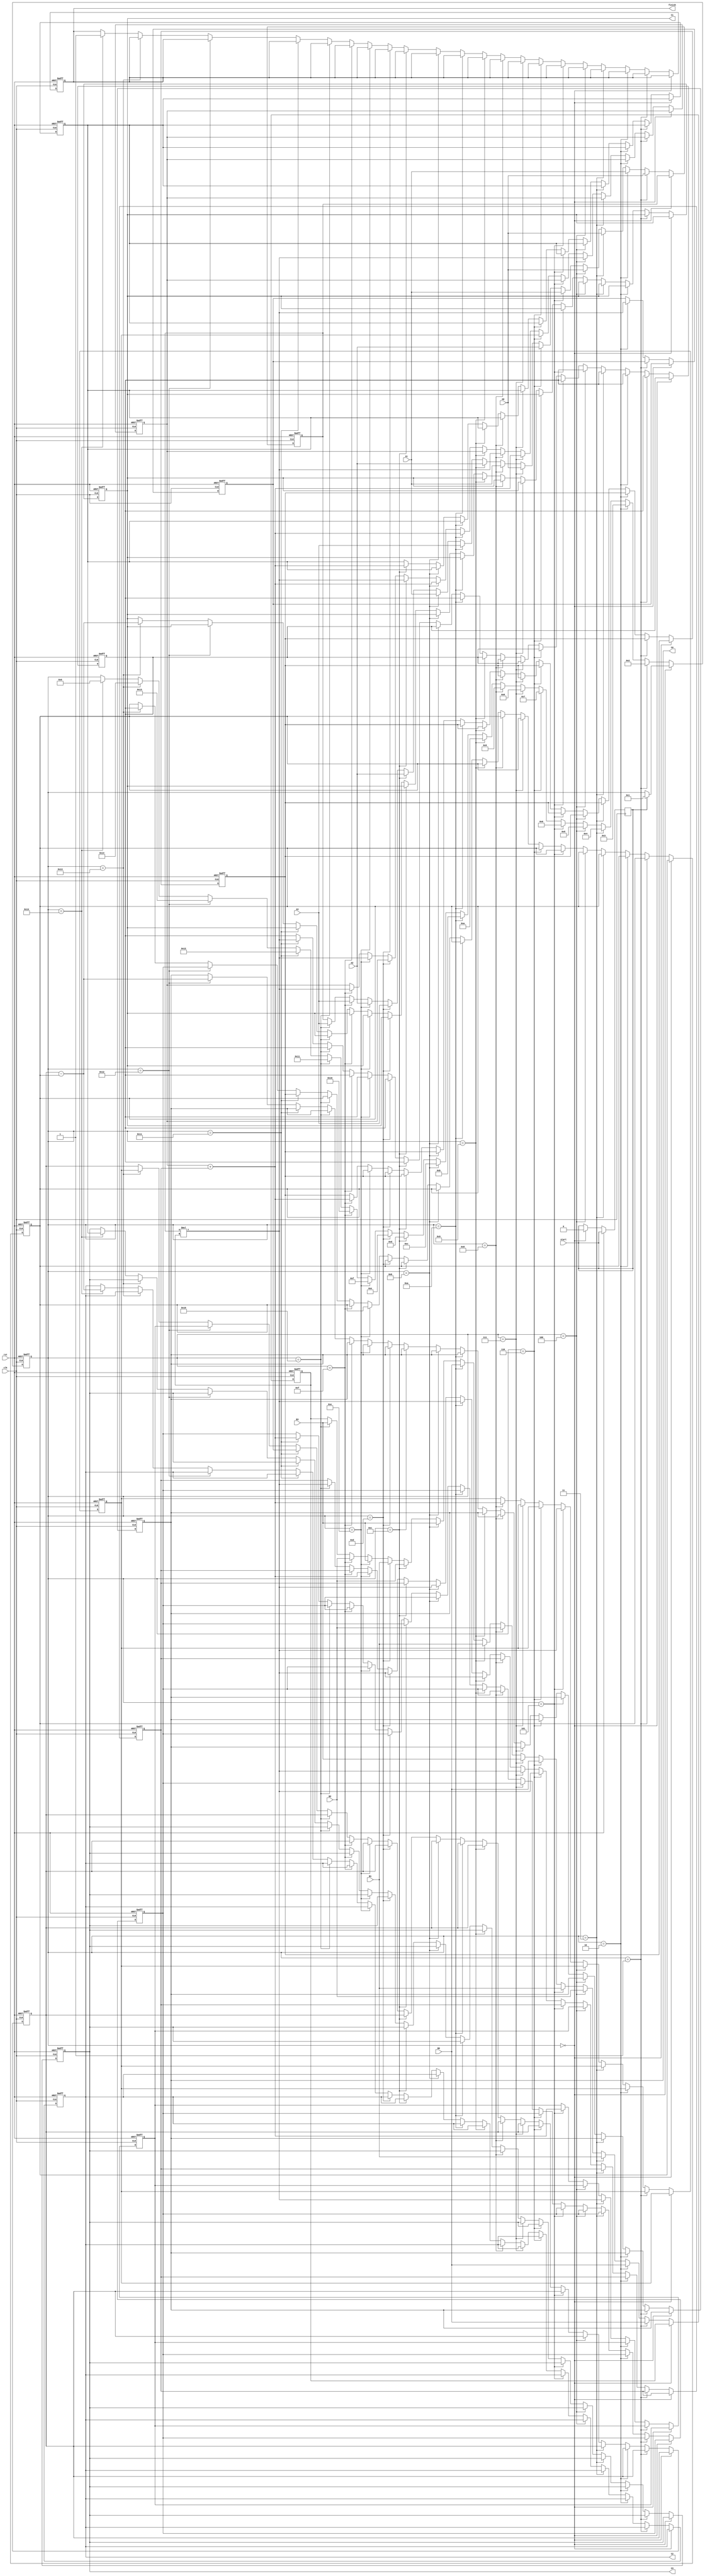
module PolyMult(clk, rst, start, A3, A2, A1, A0, B3, B2, B1, B0, finish, C3, C2, C1, C0);
   	 
input clk, rst, start;
input [7:0] A3, A2, A1, A0, B3 , B2 , B1 , B0;
output reg finish ;
output reg [7:0] C3, C2, C1, C0;

reg [5:0] counter;
reg [7:0] T0,T1,T2,T3,T4,T5,T6; 

reg [7:0] mult, sum, sub, m1, m2, s1, s2, sb1, sb2;

always @ (*)
begin
	mult = m1 * m2;
	sum = s1 + s2;
	sub = sb1 - sb2;
end

always @ (posedge clk or posedge rst)
begin
	if(rst == 1)
	begin
		counter <= 0;
		finish <= 0;
		C3 <= 0;
		C2 <= 0;
		C1 <= 0;
		C0 <= 0;
		T0 <= 0;
		T1 <= 0;
		T2 <= 0;
		T3 <= 0;
		T4 <= 0;
		T5 <= 0;
		T6 <= 0;
		m1 <= 0;
		m2 <= 0;
		s1 <= 0;
		s2 <= 0;
		sb1 <= 0;
		sb2 <= 0;
	end
	else if(counter == 0)
	begin
		if(start == 1)
		begin
			counter <= 1;
			start <= 0;
		end
	end
	else if(counter == 1) //T0 = A0*B0
	begin
		m1 <= A0; 
		m2 <= B0;
		counter <= 2;
	end
	else if(counter == 2) //T1 = A1*B0
	begin
		T0 <= mult; //A0B0
		m1 <= A1;
		m2 <= B0;
		counter <= 3;
	end
	else if(counter == 3) //T1 = A0*B1 + A1*B0
	begin
		m1 <= A0;
		m2 <= B1;
		T1 <= mult; //A1B0
		counter <= 4;
	end
	else if(counter == 4)
	begin
		s1 <= mult;
		s2 <= T1;
		m1 <= A0;
		m2 <= B2;
		counter <= 5;
	end
	else if(counter == 5)
	begin
		T1 <= sum; //T1 ended
		T2 <= mult;
		m1 <= A1;
		m2 <= B1;
		counter <= 6;
	end
	else if(counter == 6) //T2 = A0B2 + A1B1
	begin
		m1 <= A2;
		m2 <= B0;
		s1 <= T2;
		s2 <= mult;
		counter <= 7;
	end
	else if(counter == 7)
	begin
		s1 <= sum;
		s2 <= mult;
		m1 <= A0; //T3 started
		m2 <= B3;
		counter <= 8;
	end
	else if(counter == 8)
	begin
		T2 <= sum; //T2 ended
		s1 <= mult;
		m1 <= A1;
		m2 <= B2;
		counter <= 9;
	end
	else if(counter == 9)
	begin
		s2 <= mult;
		m1 <= A2;
		m2 <= B1;
		counter <= 10;
	end
	else if(counter == 10)
	begin
		m1 <= A3;
		m2 <= B0;
		s1 <= sum;
		s2 <= mult;
		counter <= 11;
	end
	else if(counter == 11)
	begin
		m1 <= A1;
		m2 <= B3;
		s1 <= sum;
		s2 <= mult;
		counter <= 12;
	end
	else if(counter == 12)
	begin
		T3 <= sum; //T3 ended
		s1 <= mult;
		m1 <= A2;
		m2 <= B2;
		counter <= 13;
	end
	else if(counter == 13)
	begin
		s2 <= mult;
		m1 <= A3;
		m2 <= B1;
		counter <= 14;
	end
	else if(counter == 14)
	begin
		s1 <= mult;
		s2 <= sum;
		m1 <= A2;
		m2 <= B3;
		counter <= 15;
	end
	else if(counter == 15)
	begin
		T4 <= sum;
		s1 <= mult;
		m1 <= A3;
		m2 <= B2;
		counter <= 16;
	end
	else if(counter == 16)
	begin
		s2 <= mult;
		m1 <= A3;
		m2 <= B3;
		counter <= 17;
	end
	else if(counter == 17)
	begin
		T5 <= sum;
		T6 <= mult;
		sb1 <= T0;
		sb2 <= T4;
		counter <= 18;
	end
	else if(counter == 18)
	begin
		C0 <= sub;
		sb1 <= T1;
		sb2 <= T5;
		counter <= 19;
	end
	else if(counter == 19)
	begin
		C1 <= sub;
		sb1 <= T2;
		sb2 <= T6;
		counter <= 20;
	end
	else if(counter == 20)
	begin
		C2 <= sub;
		C3 <= T3;
		finish <= 1;
		counter <= 0;
	end
	
end

endmodule